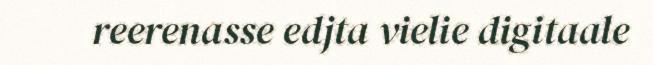
reerenasse edjta vielie digitaale